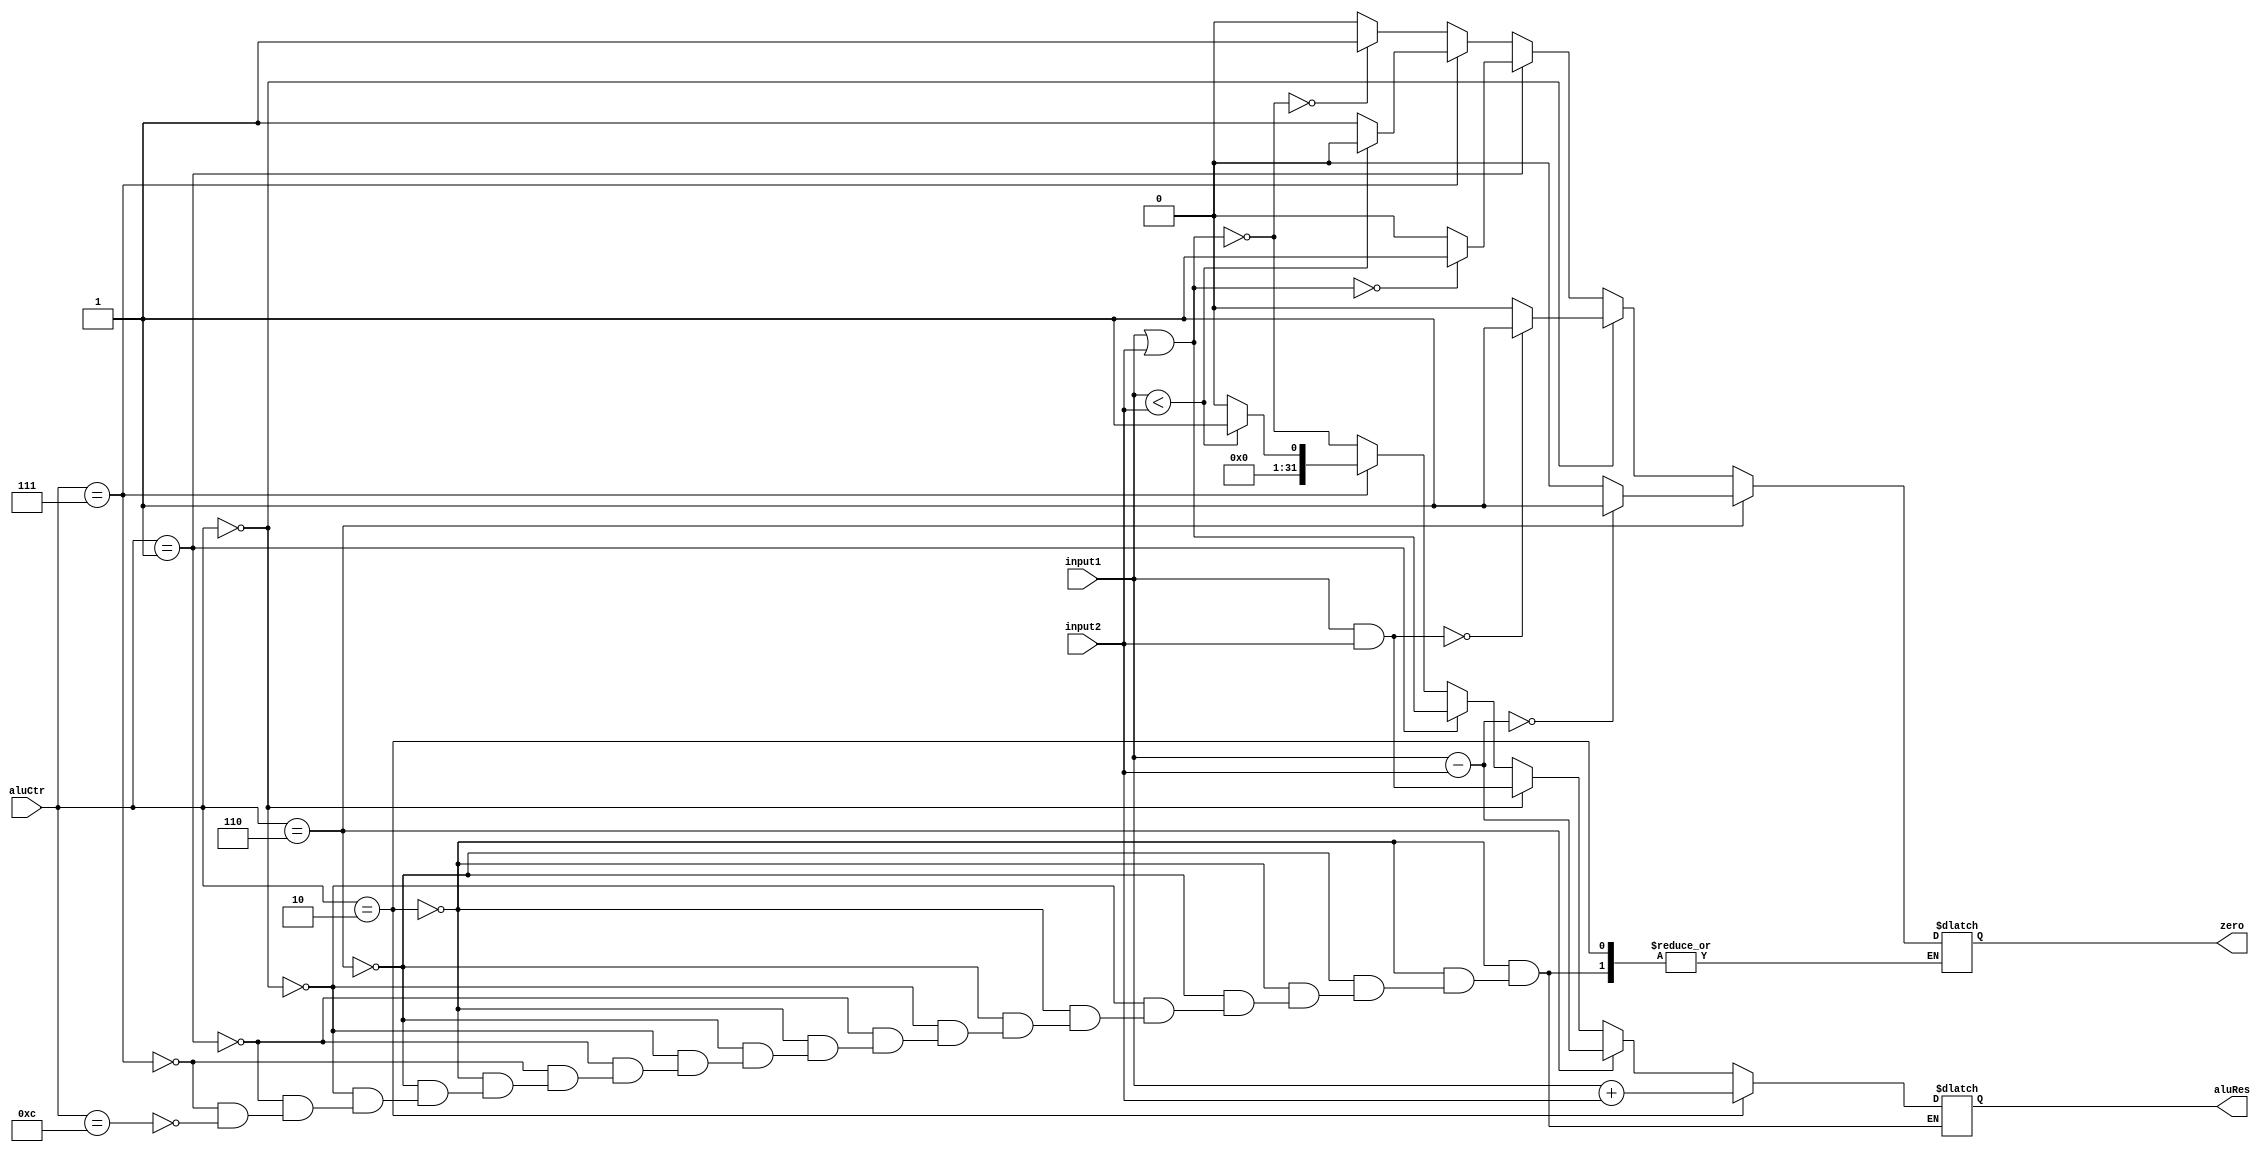
module alu(zero, aluRes, input1, input2, aluCtr);
    output zero;
    output [31:0] aluRes;
    input [31:0] input1;
    input [31:0] input2;
    input [3:0] aluCtr;
    
	reg zero;
	reg [31:0] aluRes;
	
	always @ (input1 or input2 or aluCtr)
	begin
		if(aluCtr == 4'b0010) //+
			aluRes = input1 + input2;
		else if(aluCtr == 4'b0110) //-
		begin
			aluRes = input1 - input2;
			if(aluRes == 0)
				zero = 1;
			else
				zero = 0;
		end
		else if(aluCtr == 4'b0000) //&
		begin
			aluRes = input1 & input2;
			if(aluRes == 0)
				zero = 1;
			else
				zero = 0;
		end
		else if(aluCtr == 4'b0001) //|
		begin
			aluRes = input1 | input2;
			if(aluRes == 0)
				zero = 1;
			else
				zero = 0;
		end
		else if(aluCtr == 4'b0111) //slt
		begin
			if(input1 < input2)
				begin
				zero = 0;
				aluRes = 1;
				end
			else
				begin
				zero = 1;
				aluRes = 0;
				end
		end
		else if(aluCtr == 4'b1100) //NOR
		begin
			aluRes = ~(input1 | input2);
			if(aluRes == 0)
				zero = 1;
			else
				zero = 0;
		end
	end

endmodule